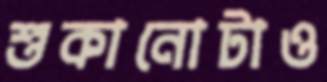
শুকানোটাও